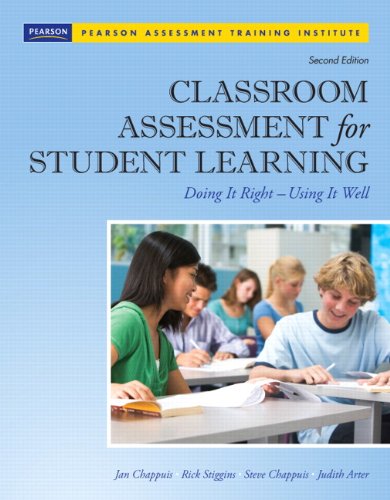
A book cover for Classroom Assessment for Student Learning: Doing It Right - Using It Well (2nd Edition) (Assessment Training Institute, Inc.); Jan Chappuis; Education & Teaching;